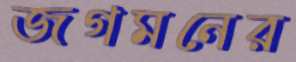
জগমনের